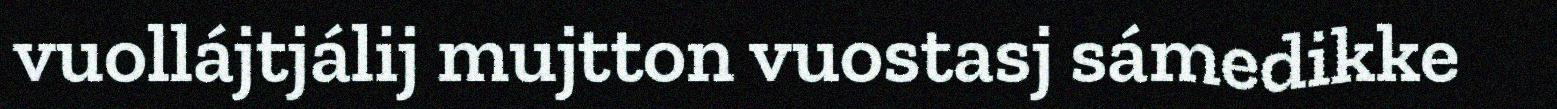
vuollájtjálij mujtton vuostasj sámedikke